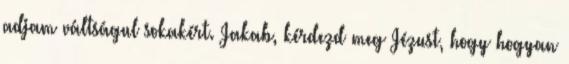
adjam váltságul sokakért. Jakab, kérdezd meg Jézust, hogy hogyan